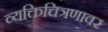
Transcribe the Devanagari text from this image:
व्यक्तिचित्रणावर